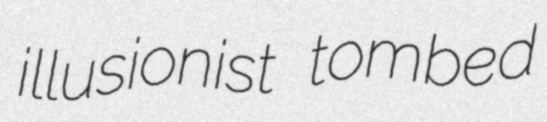
illusionist tombed